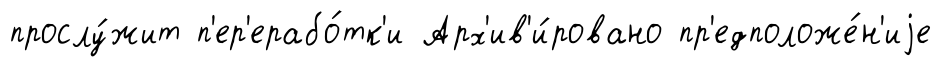
прослу́жит п'ер'ерабо́тк'и Арх'ив'и́ровано пр'едположе́н'иjе